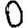
Digit: 0